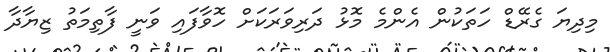
މިދިޔަ ގެރޭޑް ހަތަކުން އެންމެ މޮޅު ދަރިވަރަކަށް ހޮވާފައި ވަނީ ފާތިމަތު ޒިޔާދާ